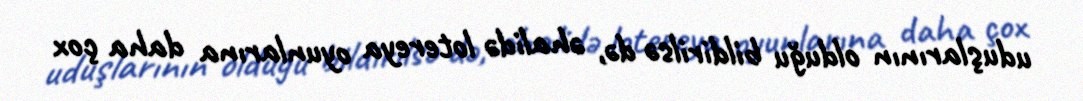
uduşlarının olduğu bildirilsə də, əhalidə lotereya oyunlarına daha çox